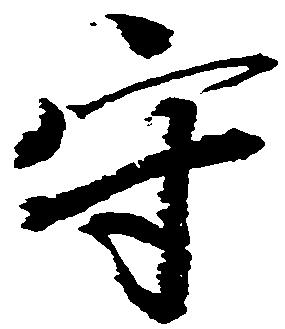
守